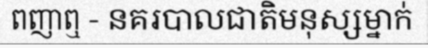
ពញាឮ - នគរបាលជាតិមនុស្សម្នាក់